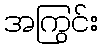
အကြွင်း